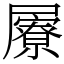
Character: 屪